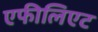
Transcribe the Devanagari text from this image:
एफीलिएट